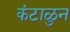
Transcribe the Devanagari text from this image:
कंटाळुन